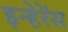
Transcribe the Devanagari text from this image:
इन्हेरेंस